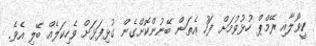
ކީވޯލާއި ރޭމްޕް ހުޅުވުމަށް ފަހު އެތަން ބޭނުންކޮށްގެން ގުޅިފަޅަށް ވެހިކަލެއް ބޭލި އެވެ.